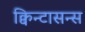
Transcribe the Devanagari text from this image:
क्विन्टासन्स